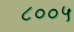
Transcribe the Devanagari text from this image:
८००५